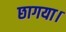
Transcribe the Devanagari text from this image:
छागया।